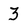
Character: 3